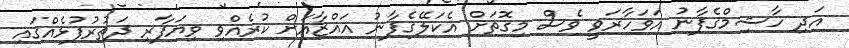
އަދި ހާޝިމްގެފާނު އަވަހާރަވީ ވެސް މިގޮތަށް އެކަލޭގެފާނު ޣައްޒާއަށް ކުރެއްވި ވިޔަފާރި ދަތުރުފުޅެއްގައި